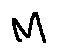
M